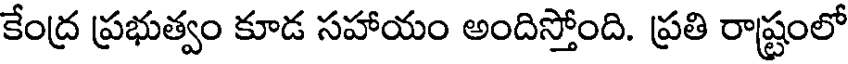
కేంద్ర ప్రభుత్వం కూడ సహాయం అందిస్తోంది. ప్రతి రాష్ట్రంలో